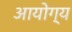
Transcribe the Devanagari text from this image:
आयोग्य